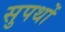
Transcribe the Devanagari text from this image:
सुपथों